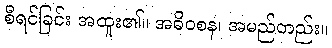
စီရင်ခြင်း အထူး၏။ အဓိဝစန၊ အမည်တည်း။